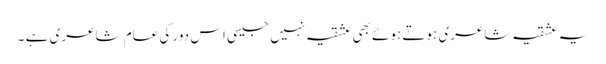
یہ عشقیہ شاعری ہوتے ہوئے بھی عشقیہ نہیں جیسی اس دور کی عام شاعری ہے ۔